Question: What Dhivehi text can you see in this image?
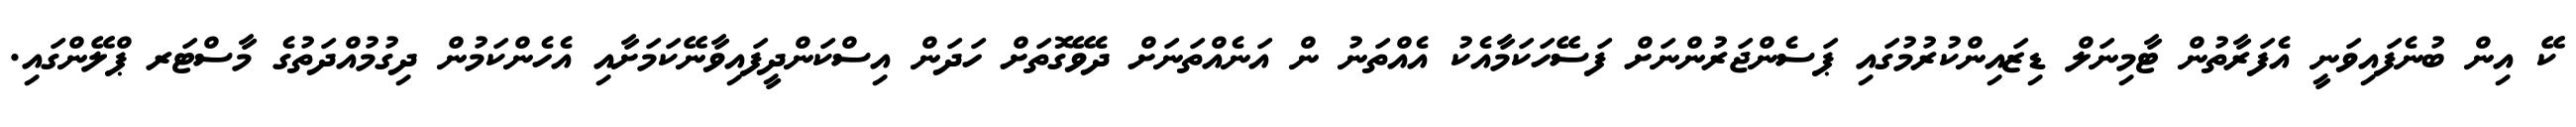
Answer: ކޭ އިން ބުނެފައިވަނީ އެފަރާތުން ޓާމިނަލް ޑިޒައިންކުރުމުގައި ޕަސެންޖަރުންނަށް ފަސޭހަކަމާއެކު އެއްތަނު ން އަނެއްތަނަށް ދެވޭގޮތަށް ހަދަން އިސްކަންދީފައިވާނޭކަމަށާއި އެހެންކަމުން ދިގުމުއްދަތުގެ މާސްޓަރ ޕްލޭންގައި.